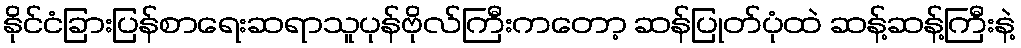
နိုင်ငံခြားပြန်စာရေးဆရာသူပုန်ဗိုလ်ကြီးကတော့ ဆန်ပြုတ်ပုံထဲ ဆန့်ဆန့်ကြီးနဲ့